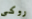
روكى